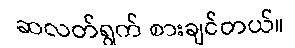
ဆလတ်ရွက် စားချင်တယ်။